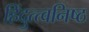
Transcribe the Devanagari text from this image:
हिंदुत्त्वनिष्ठ